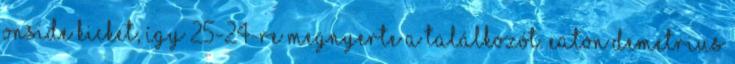
onside kicket, így 25-24-re megnyerte a találkozót. Eaton Demetrius